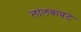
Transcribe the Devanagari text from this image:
लालबावटे